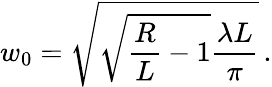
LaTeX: w_{0}=\sqrt{\sqrt{\frac{R}{L}-1}\frac{\lambda L}{\pi}}\, .